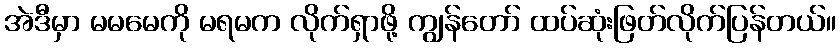
အဲဒီမှာ မမမေကို မရမက လိုက်ရှာဖို့ ကျွန်တော် ထပ်ဆုံးဖြတ်လိုက်ပြန်တယ်။